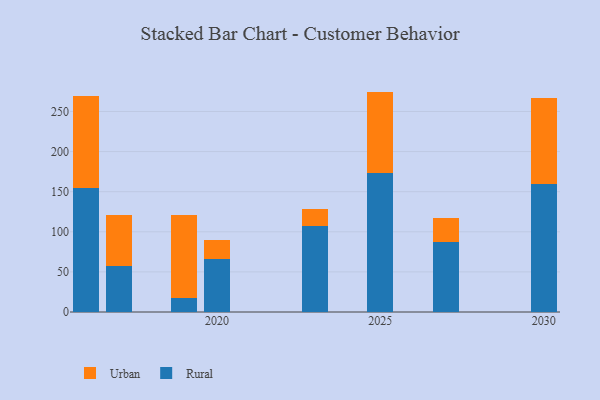
{"axis": {"x": "Year", "y": "Production Output"}, "legend": ["Rural", "Urban"], "data": [{"x": "2016", "y": 155.0, "type": "Rural"}, {"x": "2016", "y": 113.7, "type": "Urban"}, {"x": "2025", "y": 173.1, "type": "Rural"}, {"x": "2025", "y": 101.7, "type": "Urban"}, {"x": "2030", "y": 159.7, "type": "Rural"}, {"x": "2030", "y": 107.4, "type": "Urban"}, {"x": "2019", "y": 17.8, "type": "Rural"}, {"x": "2019", "y": 103.1, "type": "Urban"}, {"x": "2017", "y": 57.1, "type": "Rural"}, {"x": "2017", "y": 63.3, "type": "Urban"}, {"x": "2023", "y": 107.4, "type": "Rural"}, {"x": "2023", "y": 21.2, "type": "Urban"}, {"x": "2020", "y": 65.7, "type": "Rural"}, {"x": "2020", "y": 23.6, "type": "Urban"}, {"x": "2027", "y": 87.4, "type": "Rural"}, {"x": "2027", "y": 30.0, "type": "Urban"}]}